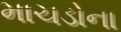
માચડોના